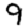
Digit: 9